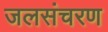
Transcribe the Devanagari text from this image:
जलसंचरण